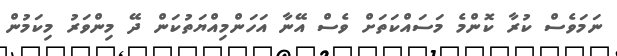
ނަމަވެސް ކުރާ ކޮންމެ މަސައްކަތަށް ވެސް އޭނާ އަހަންމިއްޔަތުކަން ދޭ މިންވަރު މިކަމުން